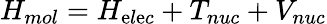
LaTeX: H_{mol}=H_{\mathrm{e}l\mathrm{e}c}+T_{nuc}+V_{nuc}